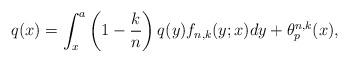
LaTeX: \begin{align*}q(x)=\int_{x}^{a}\left(1-\frac{k}{n}\right)q(y)f_{n,k}(y;x)dy+\theta_{p}^{n,k}(x),\end{align*}